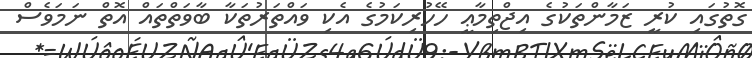
ގޮތުގައި ކުރީ ޒަމާންތަކުގެ އިޖްތިމާޢީ ހޭހުރިކަމުގެ އެކި ވައްތަރުތަކާ ބާވަތްތައް އޮތް ނަމަވެސް